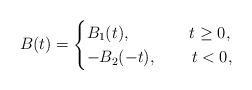
LaTeX: \begin{align*}B(t) =\begin{cases}B_1(t),\hskip 42pt t\ge 0,\\-B_2(-t),\hskip 25pt t<0,\end{cases}\end{align*}